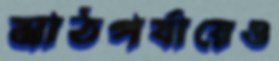
মাঠপর্যায়েও